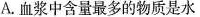
A.血浆中含量最多的物质是水